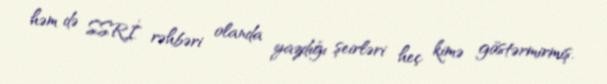
həm də SSRİ rəhbəri olanda yazdığı şeirləri heç kimə göstərmirmiş.